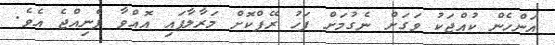
އަންހެން ކުއްޖަކު ވަގަށް ނެގުމަށް ފަހު ރޭޕްކޮށް މަރާލާފައި އޮއްވާ ފެނިއްޖެ އެވެ.